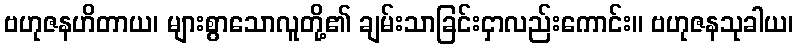
ဗဟုဇနဟိတာယ၊ များစွာသောလူတို့၏ ချမ်းသာခြင်းငှာလည်းကောင်း။ ဗဟုဇနသုခါယ၊